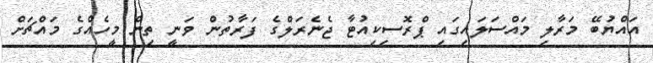
އައްޔުބޭ މަރާލި މައްސަލައިގައި ޕްރޮސިކިއުޓާ ޖެނެރަލްގެ ފަރާތުން ވަނީ ތިން މީހެއްގެ މައްޗަށް